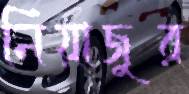
নিয়াজুর